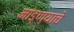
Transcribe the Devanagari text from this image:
मांड्ण्याचे